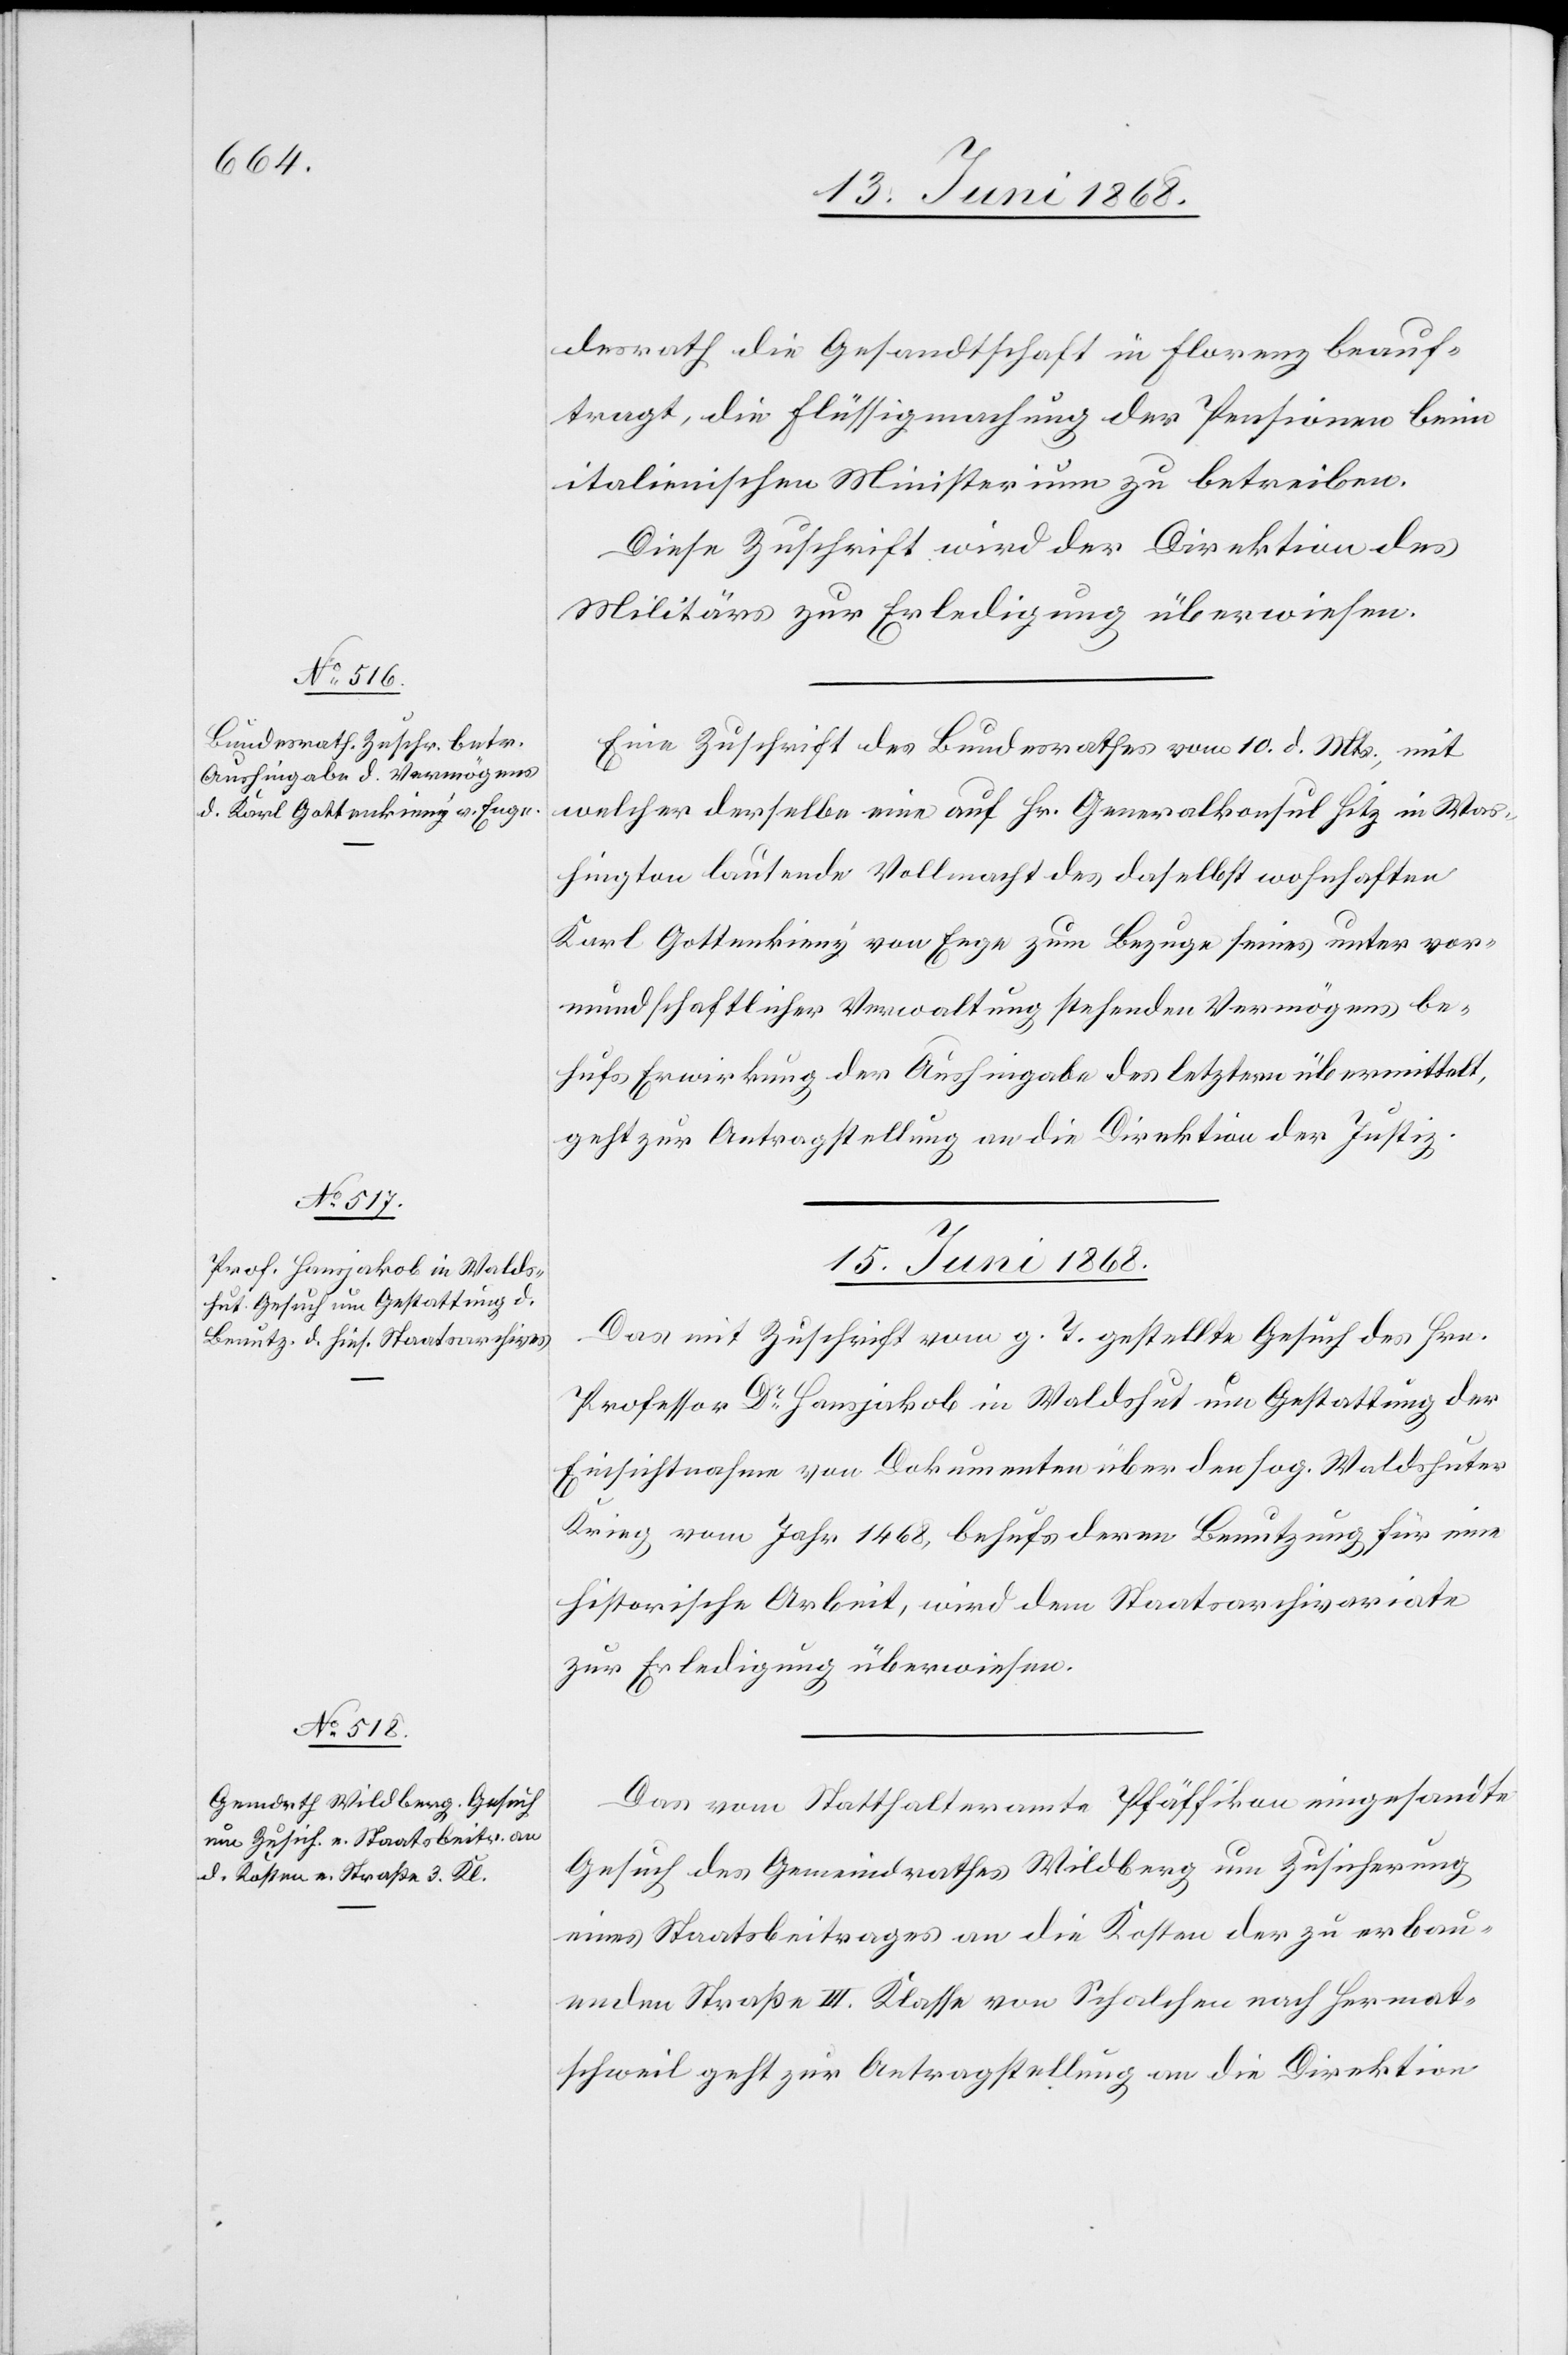
15. Juni 1868.]
desrath die Gesandtschaft in Florenz beauf¬
tragt, die Flüssigmachung der Pensionen beim
italienischen Ministerium zu betreiben.
Diese Zuschrift wird der Direktion des
Militärs zur Erledigung überwiesen.
Eine Zuschrift des Bundesrathes vom 10. d. Mts., mit
welcher derselbe eine auf Hr. Generalkonsul Hitz in Was¬
hington lautende Vollmacht des daselbst wohnhaften
Karl Gottenkieny von Enge zum Bezuge seines unter vor¬
mundschaftlicher Verwaltung stehenden Vermögens be¬
hufs Erwirkung der Aushingabe des letztern übermittelt,
geht zur Antragstellung an die Direktion der Justiz.
15. Juni 1868.
Das mit Zuschrift vom g. T. gestellte Gesuch des Hrn.
Professor Dr Hansjakob in Waldshut um Gestattung der
Einsichtnahme von Dokumenten über den sog. Waldshuter
Krieg vom Jahr 1468, behufs deren Benutzung für eine
historische Arbeit, wird dem Staatsarchivariate
zur Erledigung überwiesen.
Das vom Statthalteramte Pfäffikon eingesandte
Gesuch des Gemeindrathes Wildberg um Zusicherung
eines Staatsbeitrages an die Kosten der zu erbau¬
enden Straße III. Klasse von Schalchen nach Hermat¬
schweil geht zur Antragstellung an die Direktion